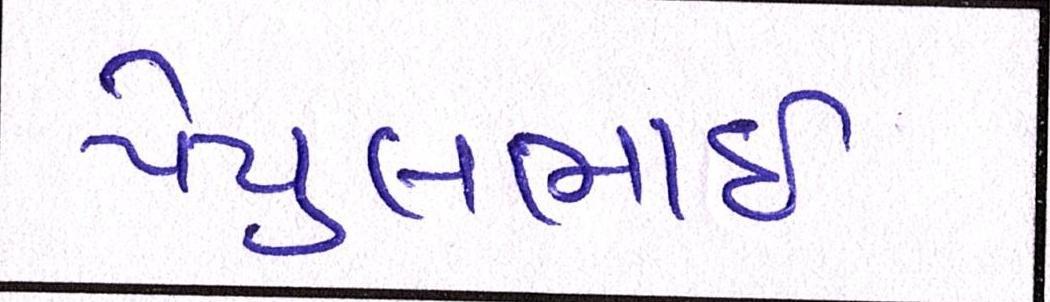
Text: પેયુલભાઈ